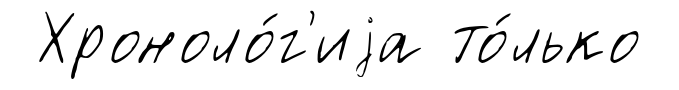
Хроноло́г'иjа то́лько